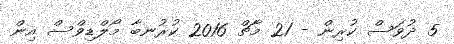
5 ދުވަސް ކުރިން - 21 މާޗް 2016 ކުރުނބާ މޯލްޑިވްސް އިން